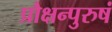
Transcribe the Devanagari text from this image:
प्रौक्षन्पुरुषं